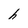
Character: h